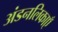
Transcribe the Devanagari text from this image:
अंडनलिकाएँ